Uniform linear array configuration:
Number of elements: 64
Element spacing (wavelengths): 0.75
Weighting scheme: kaiser
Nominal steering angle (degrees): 60
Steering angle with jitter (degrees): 58.468
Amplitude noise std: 0.05
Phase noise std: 0.05

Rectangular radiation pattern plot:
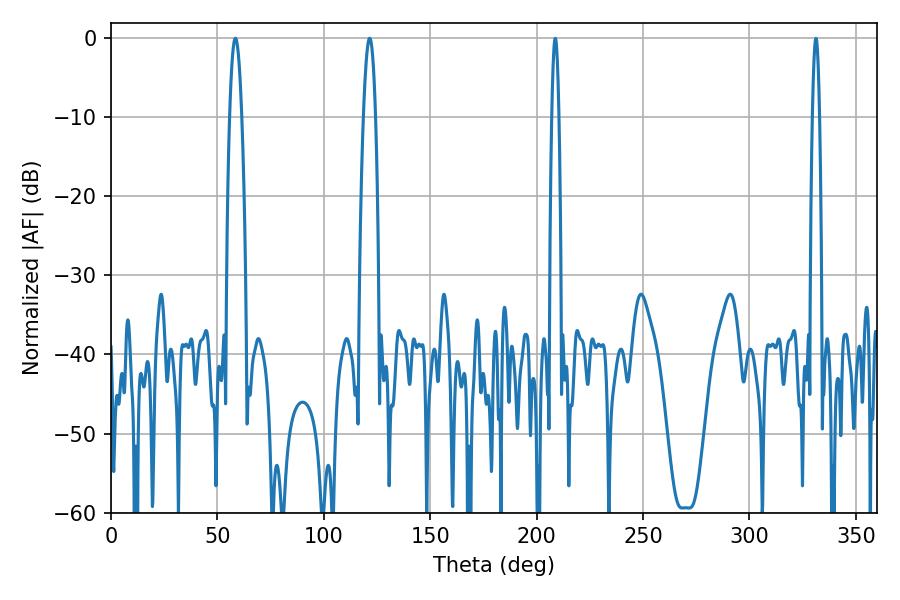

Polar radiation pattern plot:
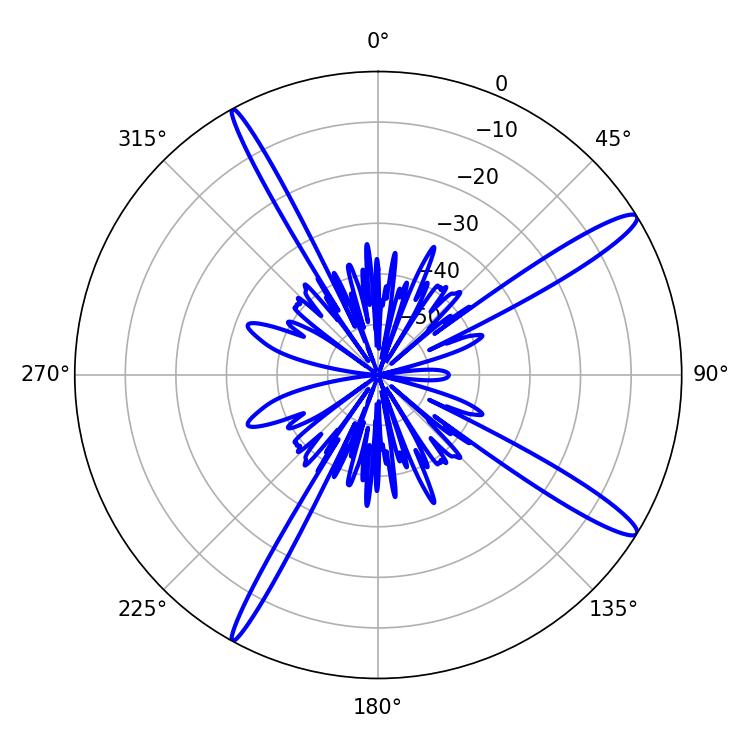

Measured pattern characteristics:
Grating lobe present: TRUE
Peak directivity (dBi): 14.726
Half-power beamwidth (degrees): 3.24
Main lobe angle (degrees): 58.5